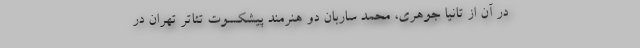
در آن از تانیا جوهری، محمد ساربان دو هنرمند پیشکسوت تئاتر تهران در